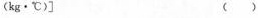
(kg·℃)] ( )